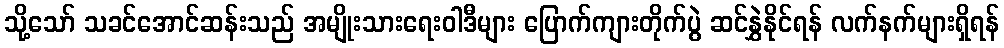
သို့သော် သခင်အောင်ဆန်းသည် အမျိုးသားရေးဝါဒီများ ပြောက်ကျားတိုက်ပွဲ ဆင်နွှဲနိုင်ရန် လက်နက်များရှိရန်